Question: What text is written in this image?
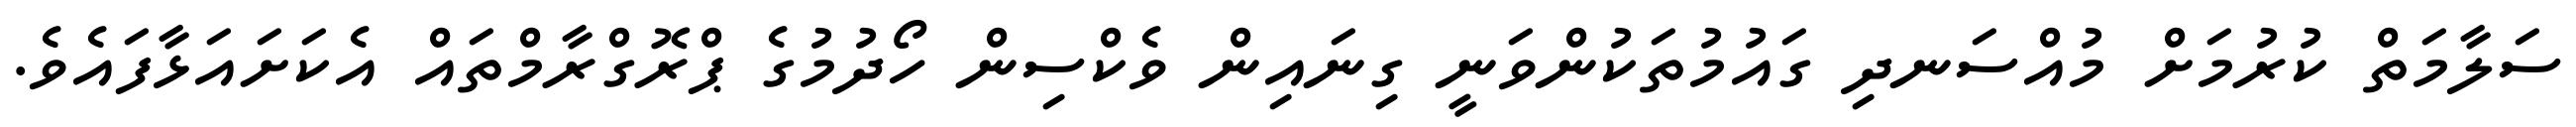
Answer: ސަލާމަތް ކުރުމަށް މުއްސަނދި ގައުމުތަކުންވަނީ ގިނައިން ވެކްސިން ހޯދުމުގެ ޕްރޮގްރާމްތައް އެކަށައަޅާފައެވެ.